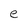
Character: e